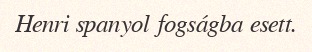
Henri spanyol fogságba esett.